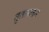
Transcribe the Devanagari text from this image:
तुतलाकर